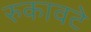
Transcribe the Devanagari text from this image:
रुकावटे